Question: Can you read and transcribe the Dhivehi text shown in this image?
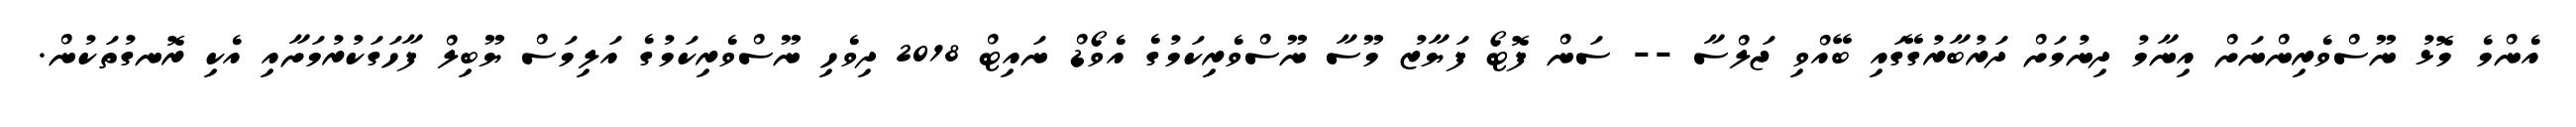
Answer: އެންމެ މޮޅު ނޫސްވެރިންނަށް އިނާމު ދިނުމަށް ދަރުބާރުގޭގައި ބޭއްވި ޖަލްސާ -- ސަން ފޮޓޯ ފަޔާޒު މޫސާ ނޫސްވެރިކަމުގެ އެވޯޑް ނައިޓް 2018 ދިވެހި ނޫސްވެރިކަމުގެ އަލިމަސް ޔޫބިލް ފާހަގަކުރުމަށާއި އެކި ރޮނގުތަކުން.